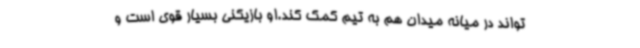
تواند در میانه میدان هم به تیم کمک کند.او بازیکنی بسیار قوی است و